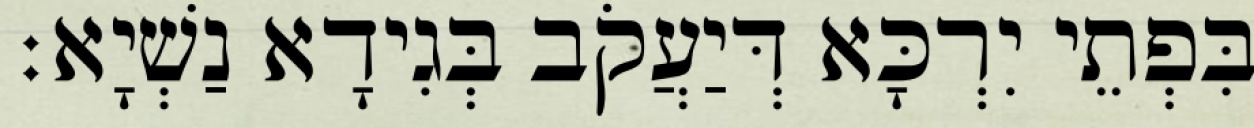
בִּפְתֵי יִרְכָּא דְּיַעֲקֹב בְּגִידָא נַשְׁיָא׃